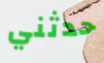
حدثني